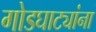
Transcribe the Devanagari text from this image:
गोडघाट्यांना